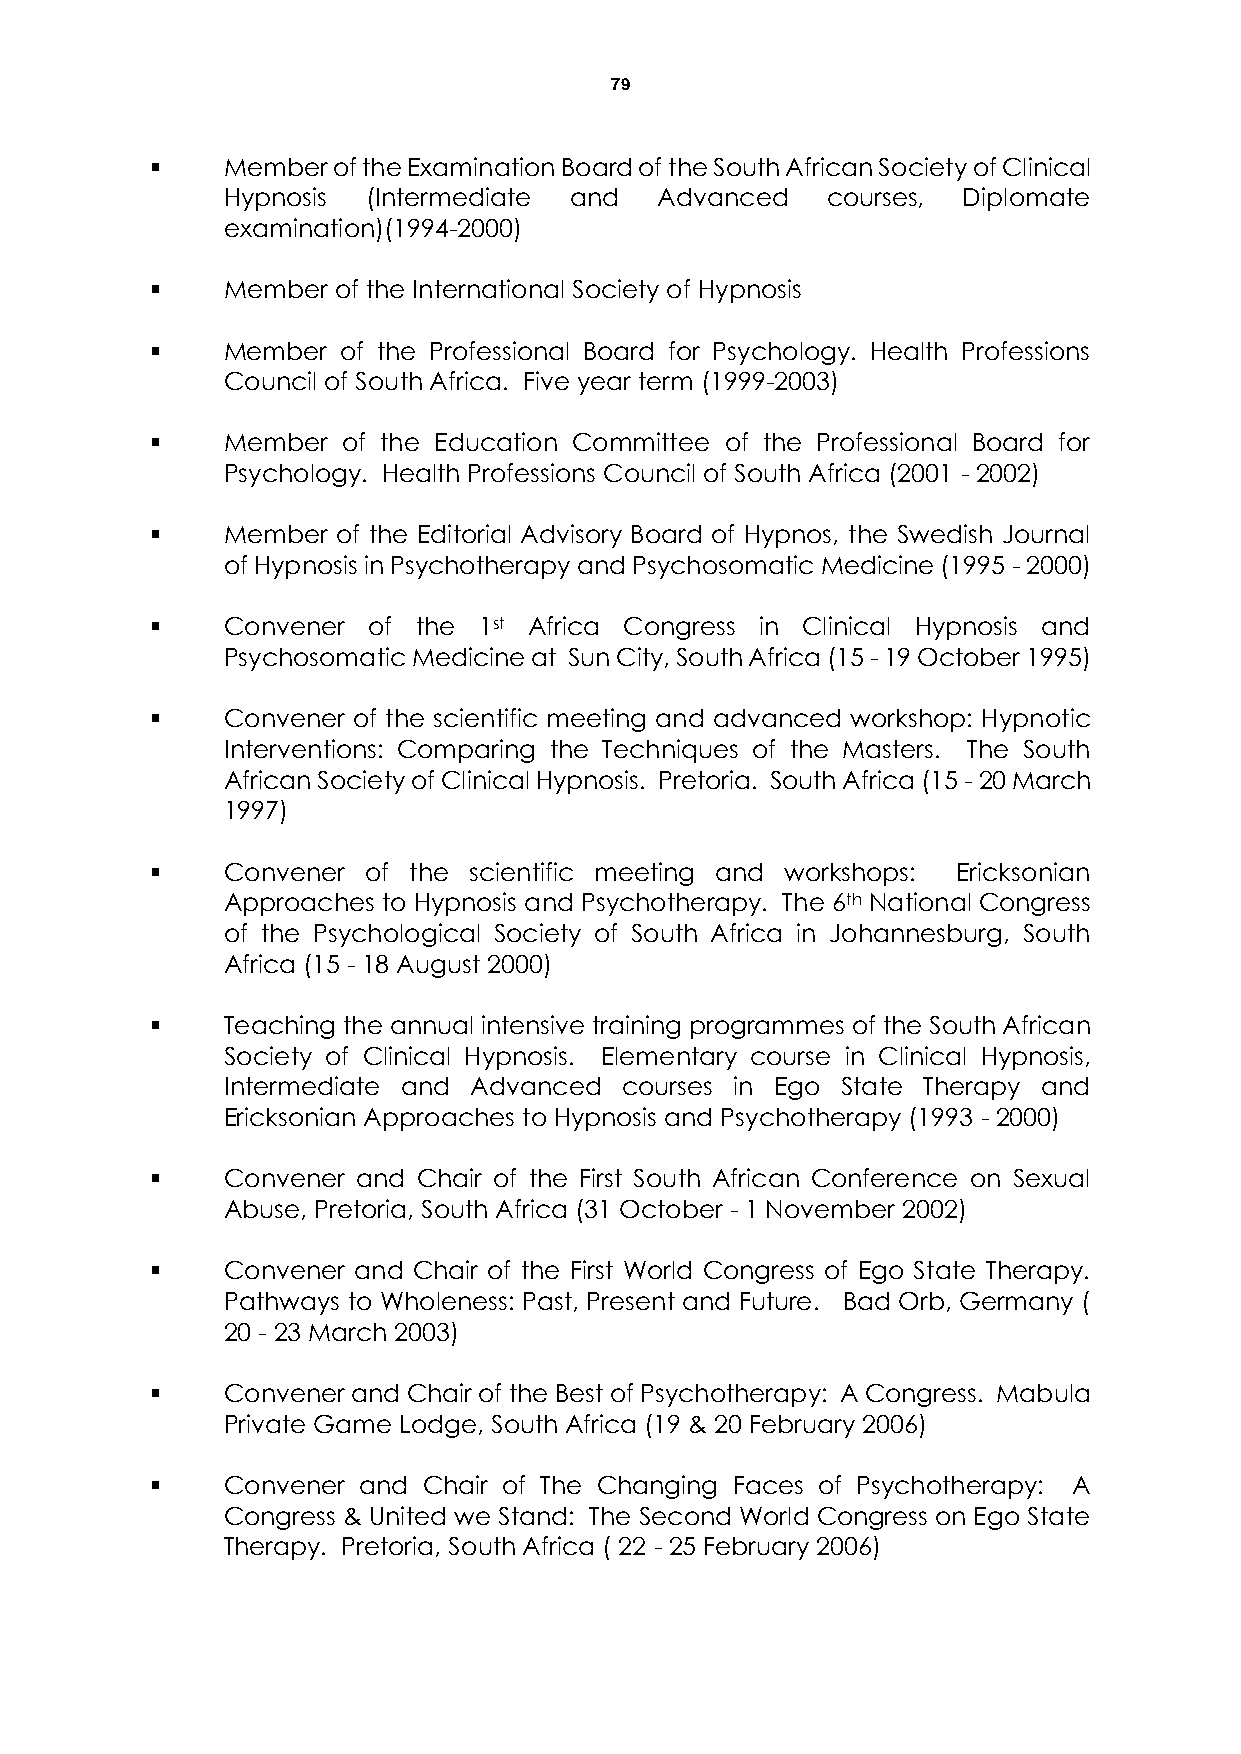
79
     Member of the Examination Board of the South African Society of Clinical
 Hypnosis (Intermediate and   Advanced   courses, Diplomate
 examination)(1994-2000)
     Member of the International Society of Hypnosis
     Member  of the Professional Board for Psychology. Health Professions
 Council of South Africa. Five year term (1999-2003)
     Member  of the Education Committee of the Professional Board for
 Psychology. Health Professions Council of South Africa (2001 - 2002)
     Member of the Editorial Advisory Board of Hypnos, the Swedish Journal
 of Hypnosis in Psychotherapy and Psychosomatic Medicine (1995 - 2000)
     Convener of  the 1st Africa Congress in Clinical Hypnosis and
 Psychosomatic Medicine at Sun City, South Africa (15 - 19 October 1995)
     Convener of the scientific meeting and advanced workshop: Hypnotic
 Interventions: Comparing the Techniques of the Masters. The South
 African Society of Clinical Hypnosis. Pretoria. South Africa (15 - 20 March
 1997)
     Convener of the scientific meeting and workshops: Ericksonian
 Approaches to Hypnosis and Psychotherapy. The 6th National Congress
 of the Psychological Society of South Africa in Johannesburg, South
 Africa (15 - 18 August 2000)
     Teaching the annual intensive training programmes of the South African
 Society of Clinical Hypnosis. Elementary course in Clinical Hypnosis,
 Intermediate and Advanced courses in Ego State Therapy and
 Ericksonian Approaches to Hypnosis and Psychotherapy (1993 - 2000)
     Convener and Chair of the First South African Conference on Sexual
 Abuse, Pretoria, South Africa (31 October - 1 November 2002)
     Convener and Chair of the First World Congress of Ego State Therapy.
 Pathways to Wholeness: Past, Present and Future. Bad Orb, Germany (
 20 - 23 March 2003)
     Convener and Chair of the Best of Psychotherapy: A Congress. Mabula
 Private Game Lodge, South Africa (19 & 20 February 2006)
     Convener and Chair of The Changing Faces of Psychotherapy: A
 Congress & United we Stand: The Second World Congress on Ego State
 Therapy. Pretoria, South Africa ( 22 - 25 February 2006)